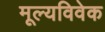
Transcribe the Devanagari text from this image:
मूल्यविवेक